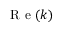
\mathrm { ~ R ~ e ~ } ( k )